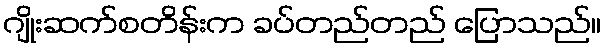
ဂျိုးဆက်စတိန်းက ခပ်တည်တည် ပြောသည်။